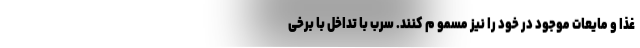
غذا و مایعات موجود در خود را نیز مسمو م کنند. سرب با تداخل با برخی